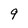
Character: 9